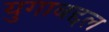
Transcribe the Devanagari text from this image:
युगाबद्दल